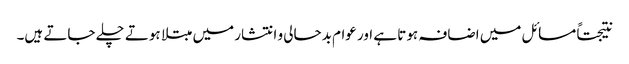
نتیجتاً مسائل میں اضافہ ہوتا ہے اور عوام بدحالی و انتشار میں مبتلا ہوتے چلے جاتے ہیں۔